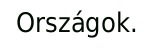
Országok.